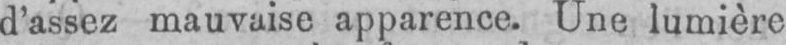
d’assez mauvaise apparence. Une lumière